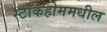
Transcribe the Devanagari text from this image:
स्टॉकहोममधील